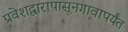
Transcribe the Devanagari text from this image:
प्रवेशद्वारापासूनगावापर्यंत